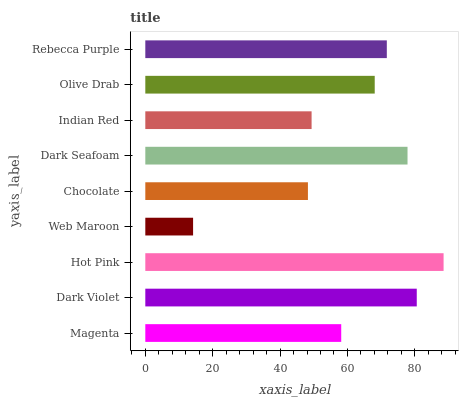
| yaxis_label | bars |
 | --- | --- |
 | Magenta | 58.1 |
 | Dark Violet | 80.6 |
 | Hot Pink | 88.5 |
 | Web Maroon | 14.2 |
 | Chocolate | 48.3 |
 | Dark Seafoam | 77.8 |
 | Indian Red | 49.4 |
 | Olive Drab | 68.1 |
 | Rebecca Purple | 71.7 |